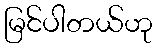
မြင်ပါတယ်ဟု